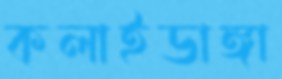
কলাইডাঙ্গা